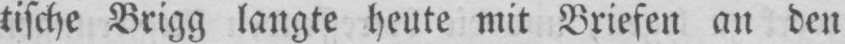
tische Brigg langte heute mit Briefen an den